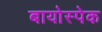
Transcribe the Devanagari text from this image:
बायोस्पेक